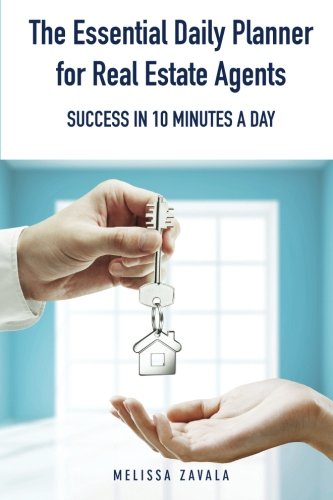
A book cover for The Essential Daily Planner for Real Estate Agents: Success in 10 Minutes a Day; Melissa Zavala; Business & Money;